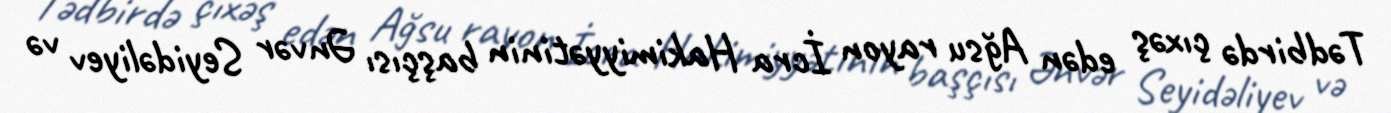
Tədbirdə çıxəş edən Ağsu rayon İcra Hakimiyyətinin başçısı Ənvər Seyidəliyev və